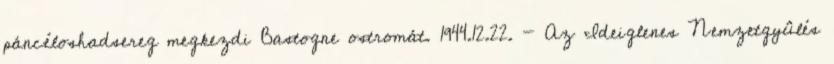
páncéloshadsereg megkezdi Bastogne ostromát. 1944.12.22. - Az Ideiglenes Nemzetgyûlés